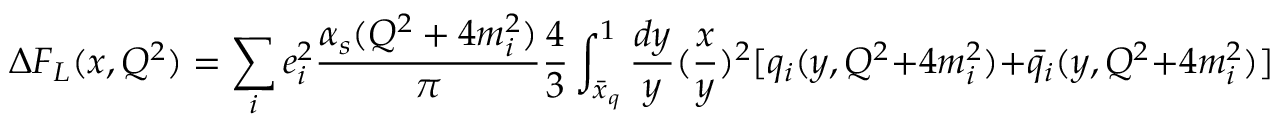
\Delta F _ { L } ( x , Q ^ { 2 } ) = \sum _ { i } e _ { i } ^ { 2 } \frac { \alpha _ { s } ( Q ^ { 2 } + 4 m _ { i } ^ { 2 } ) } { \pi } \frac { 4 } { 3 } \int _ { \bar { x } _ { q } } ^ { 1 } \frac { d y } { y } ( \frac { x } { y } ) ^ { 2 } [ q _ { i } ( y , Q ^ { 2 } + 4 m _ { i } ^ { 2 } ) + \bar { q } _ { i } ( y , Q ^ { 2 } + 4 m _ { i } ^ { 2 } ) ]